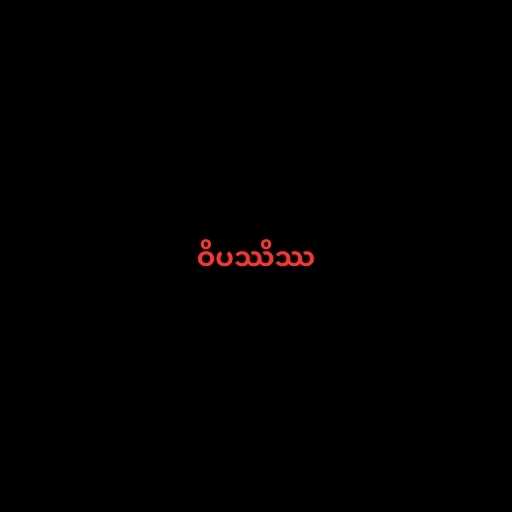
ဝိပဿိဿ